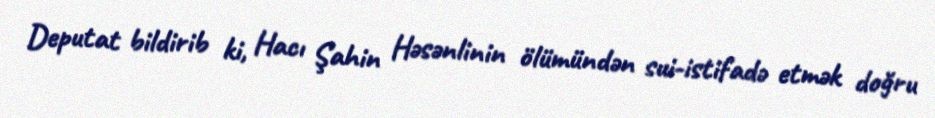
Deputat bildirib ki, Hacı Şahin Həsənlinin ölümündən sui-istifadə etmək doğru